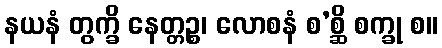
နယနံ တွက္ခိ နေတ္တဉ္စ၊ လောစနံ စ’စ္ဆိ စက္ခု စ။